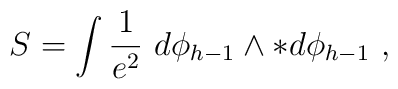
S=\int {1\over e^2} \ d\phi _{h-1}\wedge * d\phi _{h-1}\ ,